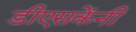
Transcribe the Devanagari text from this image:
डीएसकेंनी